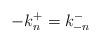
LaTeX: \begin{align*}-k_{n}^{+}=k_{-n}^{-}\end{align*}